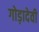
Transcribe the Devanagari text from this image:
गोड़ादेवी